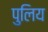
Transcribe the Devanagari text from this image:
पुलिय